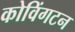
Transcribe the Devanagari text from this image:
कोविंगटन